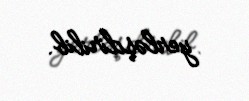
yerləşdirilib.